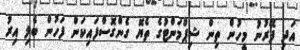
އަދި ފޭރުނު މީހުން ތިން ޝިޕްމަންޓުގެ ތެޔޮ ގެންގޮސްފައިކަން ފަހުން ބެލި އިރު